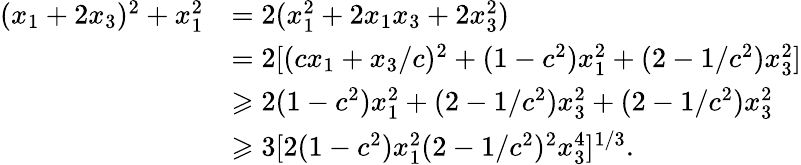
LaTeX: \begin{array}{rl}{(x_{1}+2x_{3})^{2}+x_{1}^{2}}&{=2(x_{1}^{2}+2x_{1}x_{3}+2x_{3}^{2})}\\ &{=2[(cx_{1}+x_{3}/c)^{2}+(1-c^{2})x_{1}^{2}+(2-1/c^{2})x_{3}^{2}]}\\ &{\geqslant 2(1-c^{2})x_{1}^{2}+(2-1/c^{2})x_{3}^{2}+(2-1/c^{2})x_{3}^{2}}\\ &{\geqslant 3[2(1-c^{2})x_{1}^{2}(2-1/c^{2})^{2}x_{3}^{4}]^{1/3}.}\end{array}